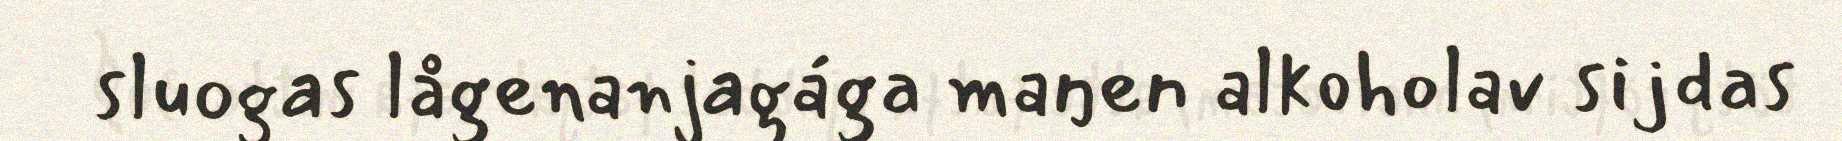
sluogas lågenanjagága maŋen alkoholav sijdas